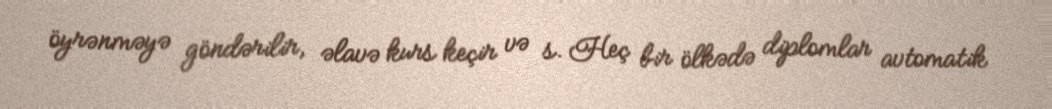
öyrənməyə göndərilir, əlavə kurs keçir və s. Heç bir ölkədə diplomlar avtomatik